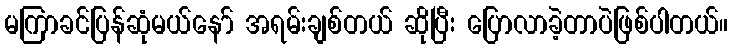
မကြာခင်ပြန်ဆုံမယ်နော် အရမ်းချစ်တယ် ဆိုပြီး ပြောလာခဲ့တာပဲဖြစ်ပါတယ်။